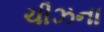
ચીઝના